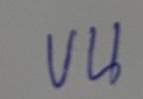
บน